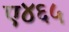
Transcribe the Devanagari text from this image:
ए४६५